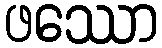
ဖဿော